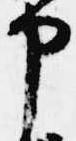
申